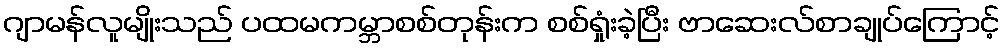
ဂျာမန်လူမျိုးသည် ပထမကမ္ဘာစစ်တုန်းက စစ်ရှုံးခဲ့ပြီး ဗာဆေးလ်စာချုပ်ကြောင့်